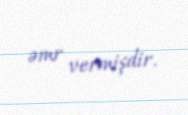
əmr vermişdir.